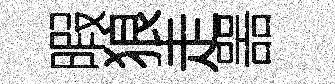
暇狼走噐